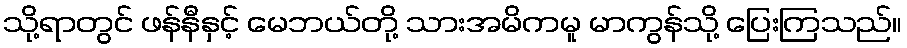
သို့ရာတွင် ဖန်နီနှင့် မေဘယ်တို့ သားအမိကမူ မာကွန်သို့ ပြေးကြသည်။